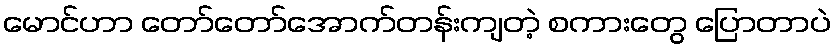
မောင်ဟာ တော်တော်အောက်တန်းကျတဲ့ စကားတွေ ပြောတာပဲ